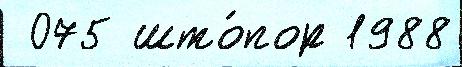
 075 што́пор 1988